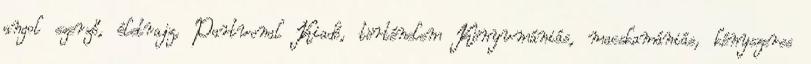
angol szerző, életrajz, Partvonal Kiadó, történelem Könyvmániás, macskamániás, kényszeres